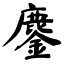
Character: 鏖